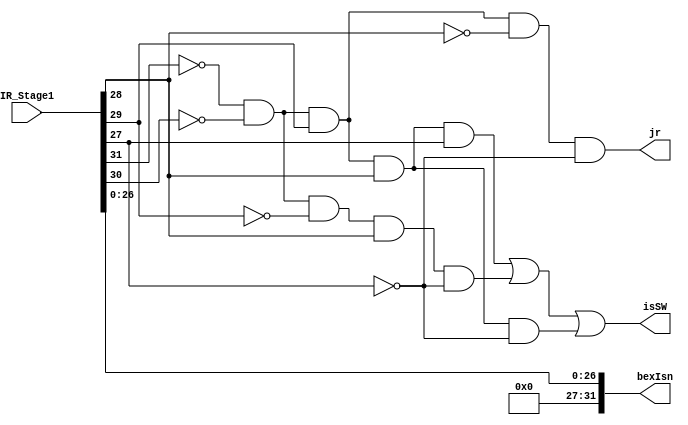
module Stage2Ctrl(IR_Stage1,isSW,jr,bexIsn);
    input [31:0] IR_Stage1;
    output [31:0] bexIsn;
    output isSW,jr;
    assign isSW = (!IR_Stage1[31] && !IR_Stage1[30] && IR_Stage1[29] && IR_Stage1[28] && IR_Stage1[27]) || (!IR_Stage1[31] && !IR_Stage1[30] && !IR_Stage1[29] && IR_Stage1[28] && !IR_Stage1[27]) || (!IR_Stage1[31] && !IR_Stage1[30] && IR_Stage1[29] && IR_Stage1[28] && !IR_Stage1[27]);
    assign jr = !IR_Stage1[31] && !IR_Stage1[30] && IR_Stage1[29] && !IR_Stage1[28] && !IR_Stage1[27];
    assign bexIsn[31:27] = 5'b00000;
    assign bexIsn[26:0] = IR_Stage1[26:0];
endmodule